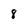
Character: 8